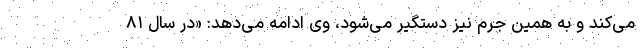
می‌کند و به همین جرم نیز دستگیر می‌شود، وی ادامه می‌دهد: «در سال ۸۱